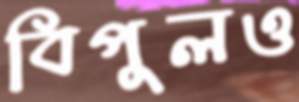
বিপুলও